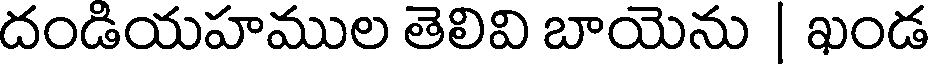
దండియహముల తెలివి బాయెను | ఖండ